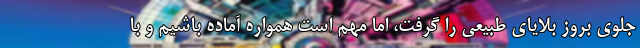
جلوی بروز بلایای طبیعی را گرفت، اما مهم است همواره آماده باشیم و با